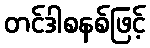
တင်ဒါစနစ်ဖြင့်